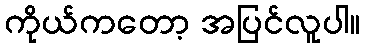
ကိုယ်ကတော့ အပြင်လူပါ။